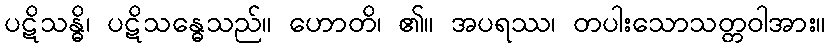
ပဋိသန္ဓိ၊ ပဋိသန္ဓေသည်။ ဟောတိ၊ ၏။ အပရဿ၊ တပါးသောသတ္တဝါအား။